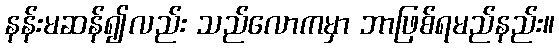
နန်းမဆန်၍လည်း သည်လောကမှာ ဘာဖြစ်ရမည်နည်း။